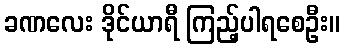
ခဏလေး ဒိုင်ယာရီ ကြည့်ပါရစေဦး။